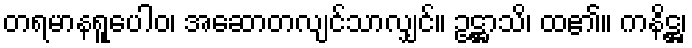
တရမာနရူပေါဝ၊ အဆောတလျင်သာလျှင်။ ဥဋ္ဌာသိ၊ ထ၏။ ကနိဋ္ဌ၊